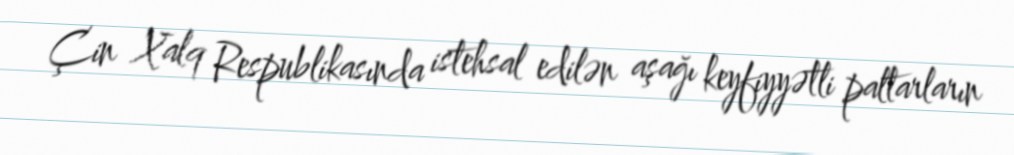
Çin Xalq Respublikasında istehsal edilən aşağı keyfiyyətli paltarların